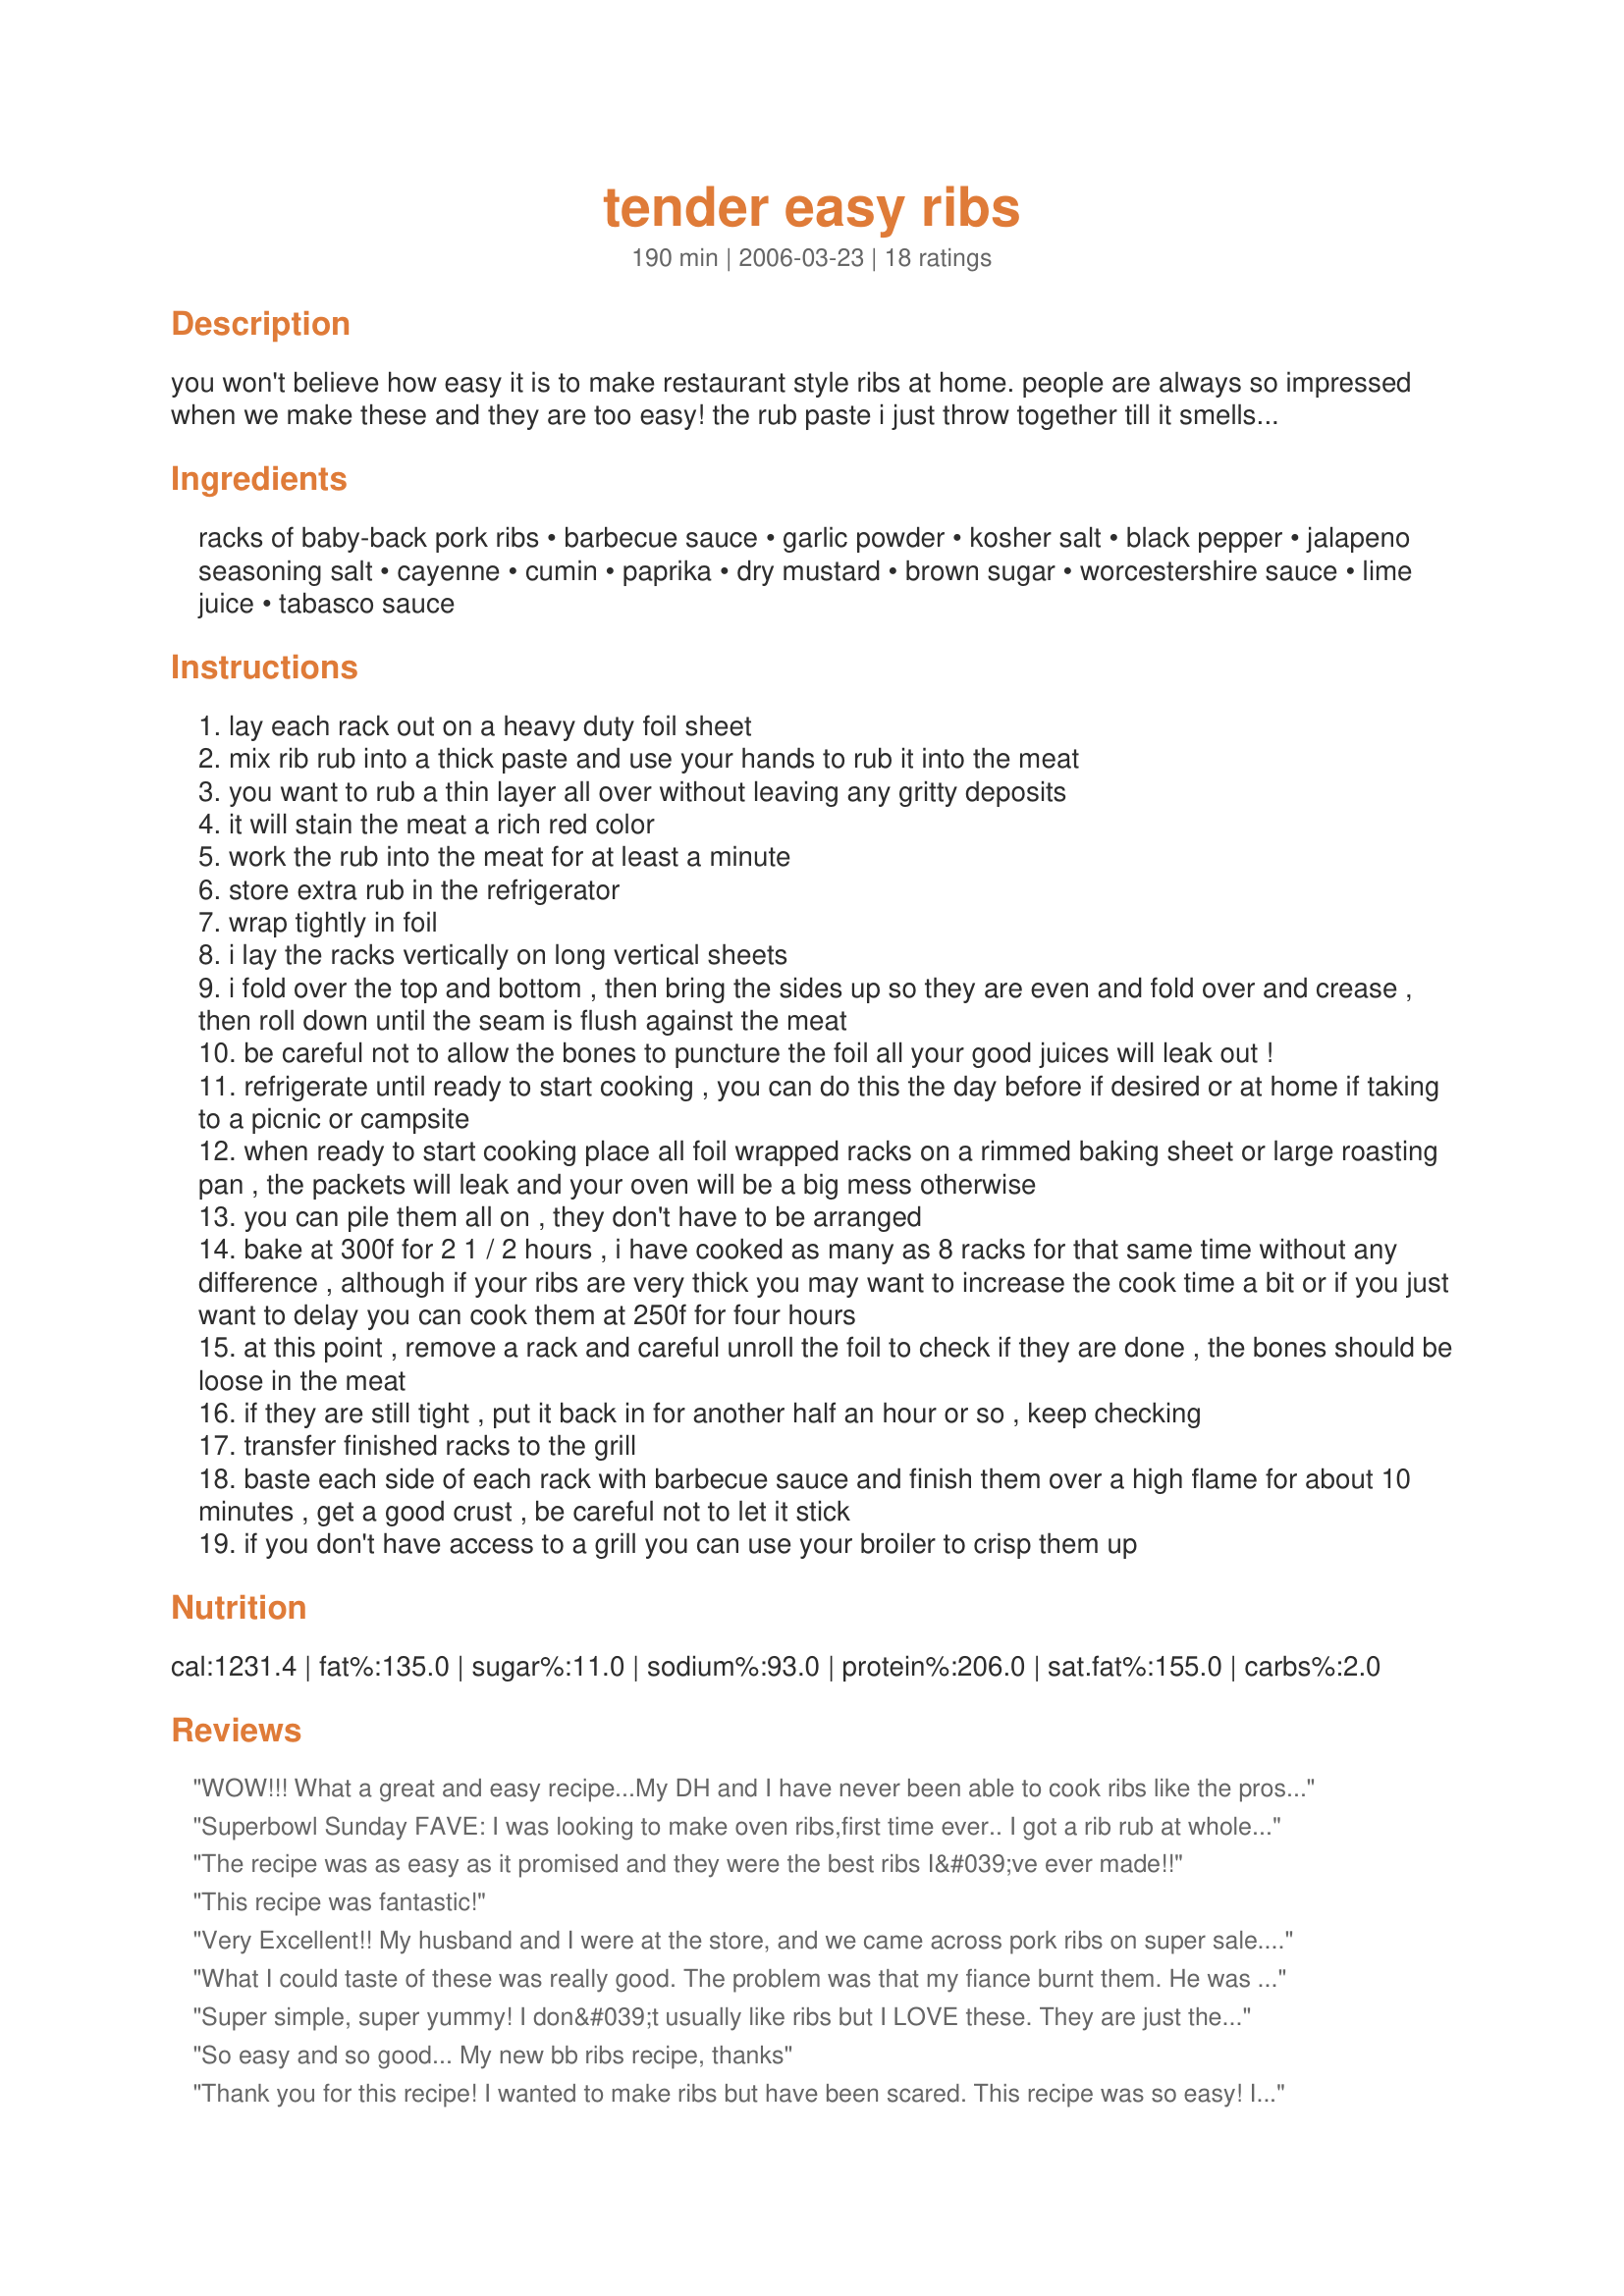
tender easy ribs
Preparation time: 190 minutes

you won't believe how easy it is to make restaurant style ribs at home. people are always so impressed when we make these and they are too easy! the rub paste i just throw together till it smells "right", please adjust to your individual tastes or use your favorite rub (also very good with just salt and pepper). we make as many as 8 racks at time so increase as desired.

Ingredients:
racks of baby-back pork ribs, barbecue sauce, garlic powder, kosher salt, black pepper, jalapeno seasoning salt, cayenne, cumin, paprika, dry mustard, brown sugar, worcestershire sauce, lime juice, tabasco sauce

Steps:
lay each rack out on a heavy duty foil sheet
mix rib rub into a thick paste and use your hands to rub it into the meat
you want to rub a thin layer all over without leaving any gritty deposits
it will stain the meat a rich red color
work the rub into the meat for at least a minute
store extra rub in the refrigerator
wrap tightly in foil
i lay the racks vertically on long vertical sheets
i fold over the top and bottom , then bring the sides up so they are even and fold over and crease , then roll down until the seam is flush against the meat
be careful not to allow the bones to puncture the foil all your good juices will leak out !
refrigerate until ready to start cooking , you can do this the day before if desired or at home if taking to a picnic or campsite
when ready to start cooking place all foil wrapped racks on a rimmed baking sheet or large roasting pan , the packets will leak and your oven will be a big mess otherwise
you can pile them all on , they don't have to be arranged
bake at 300f for 2 1 / 2 hours , i have cooked as many as 8 racks for that same time without any difference , although if your ribs are very thick you may want to increase the cook time a bit or if you just want to delay you can cook them at 250f for four hours
at this point , remove a rack and careful unroll the foil to check if they are done , the bones should be loose in the meat
if they are still tight , put it back in for another half an hour or so , keep checking
transfer finished racks to the grill
baste each side of each rack with barbecue sauce and finish them over a high flame for about 10 minutes , get a good crust , be careful not to let it stick
if you don't have access to a grill you can use your broiler to crisp them up

Reviews:
WOW!!! What a great and easy recipe...My DH and I have never been able to cook ribs like the pros,but now we can!!Thanks for a wonderful melt in your mouth rib recipe.Followed it to the tee and ribs were great.My 13 yr.old son only eats Damon's ribs in Myrtle Beach SC and he said these were the BOMB(AWESOME)Thanks again!
Superbowl Sunday FAVE: I was looking to make oven ribs,first time ever.. I got a rib rub at whole foods and put some sticky fingers bbq sauce on them and set them overnight in the fridge.. I bakes them in foil for 4.5 hrs at 275, then drained all the fat out and broiled for 5 min, These we soo good they were better than a restaurant..the is a wonderful easy perfect recipe..Thank you
The recipe was as easy as it promised and they were the best ribs I&#039;ve ever made!!
This recipe was fantastic!
Very Excellent!!

My husband and I were at the store, and we came across pork ribs on super sale... so we decided to buy them for dinner. I have NEVER made ribs. I found this recipe... I didn't have some of the rub ingredients, but it worked out great. They were SOOOO good :o)

My husband was like "you should have started cooking these 5 years ago"
What I could taste of these was really good. The problem was that my fiance burnt them. He was using my parent's BBQ and he wasn't used to it. Everything up to the cooking of them was prefect though. I love how clear your instructions are. I will use this recipe next time I make ribs... but only on our BBQ! :)
Super simple, super yummy! I don&#039;t usually like ribs but I LOVE these. They are just the right combination of spice, fall off the bone tender and crunchy on the outside. The only thing I omitted was the Jalepeno salt.... just didn&#039;t have any on hand. Thanks for this great recipe!
So easy and so good... My new bb ribs recipe, thanks
Thank you for this recipe! I wanted to make ribs but have been scared. This recipe was so easy! I followed the recipe for cooking to a T and they were PERFECT!!! My guests tell me they judge all ribs by these now and none compare. I did use a different rub recipe I will have to post! Thanks again for making this so easy!
Being not a big fan of ribs, I finally made them for my husband after much presistance. I have to say, these were so tender and delicious I have since given the recipe to numerous friends and have made them several times since. My husband said that they were the best he has ever had! My husband thanks you for this recipe!!
This is very close to my standard recipe, though mine is a uses a dry rub. I tried it your way and made my rub into a paste with lime juice and Worchestershire. They were even better than before, which was already pretty darn fantastic. Thanks a bunch.
This recipe was awsome! I have a smoker and this is by far better than any ribs I have ever made before! They were so tender and juicy. We had to eat them with a fork. Followed the recipe just as directed except I didn't have lime juice or tabasco sauce. I used lemon juice instead and skipped the tabasco sauce. They stuck to the grill a little. Next time I will oil it better. My husband wants me to make these again tonight! The nice thing about this recipe is that when we have a lot of people over, we can leave some in their pouches until we need them. They hold very well. I think the next time I make these I will experiment by substituting liquid smoke for the Worcestershire sauce. Very easy. Bravo to the chef of this recipe!
Great recipe. I used a honey bbq sauce and it offset the tang perfectly. My family is in love with this recipe. They have asked for ribs 3 weekends in a row.
awesome
Very, very tender. However, way too spicy. I really think you can cut down on the hot sauce. Otherwise, very good &amp; I&#039;ll tweak the ingredients next time.
A+A+A+A+A+ I left off the Tabasco but used everything else. My family said they were the best ribs they had ever eaten in their lives. Superb. Thanks for the great recipe.
Excellent ribs! DH has taken to eating his ribs with the dry rub only and I like them with a light baste of BBQ sauce. This recipe worked for both of us. I did cut back on the heat and was told in no uncertain terms, to make this recipe as written next time. These are already on the menu for next week. Thank you for sharing MommyMakes.
Oh my. These were wonderful. I had made them once before, but the grill operator burned them to a crisp. This time, we cooked them as directed in the oven and then put them in the smoker for an hour. They were incredible. MommyMakes, thank you for this recipe!!
